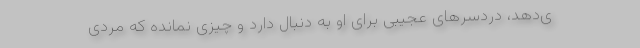
ی‌دهد، دردسرهای عجیبی برای او به دنبال دارد و چیزی نمانده که مردی